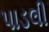
પાડલી